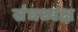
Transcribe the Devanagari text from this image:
संघध्यक्ष